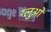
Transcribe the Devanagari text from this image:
ग्लुओं